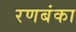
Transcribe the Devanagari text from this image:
रणबंका